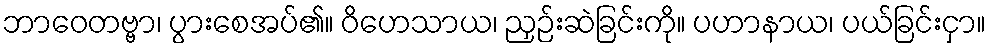
ဘာဝေတဗ္ဗာ၊ ပွားစေအပ်၏။ ဝိဟေသာယ၊ ညှဉ်းဆဲခြင်းကို။ ပဟာနာယ၊ ပယ်ခြင်းငှာ။